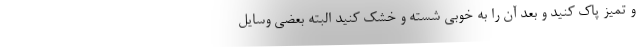
و تمیز پاک کنید و بعد آن را به خوبی شسته و خشک کنید البته بعضی وسایل